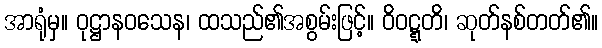
အာရုံမှ။ ဝုဋ္ဌာနဝသေန၊ ထသည်၏အစွမ်းဖြင့်။ ဝိဝဋ္ဋတိ၊ ဆုတ်နစ်တတ်၏။